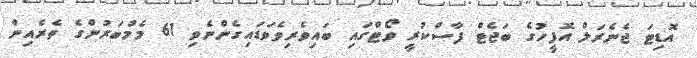
އޮޑިޓަ ޖެނެރަލް އޮފީހުގެ ބަޖެޓް ފާސްކުރީ ވޯޓްގައި ބައިވެރިވެވަޑައިގެންނެވި 61 މެމްބަރުންގެ ތެރެއިން